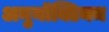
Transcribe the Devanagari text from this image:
अनुनॉक्टियम